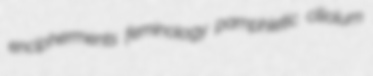
encipherments feminology pamphletic ciliolum